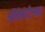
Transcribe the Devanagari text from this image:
श्रीवेकंटेश्वर